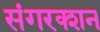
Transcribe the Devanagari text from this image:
संगरक्शन